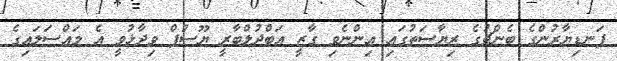
ފަނޑިޔާރުންގެ ބެންޗުގެ ރިޔާސަތުގައި އިންނެވި ގާޒީ އަބްދުލްބާރީ ޔޫސުފް ވިދާޅުވީ އެ މައްސަލައިގެ